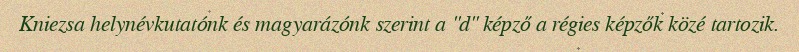
Kniezsa helynévkutatónk és magyarázónk szerint a "d" képző a régies képzők közé tartozik.